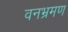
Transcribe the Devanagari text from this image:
वनभ्रमण